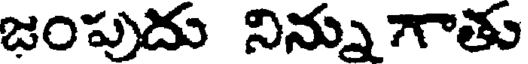
జంపుదు నిన్ను గాతు